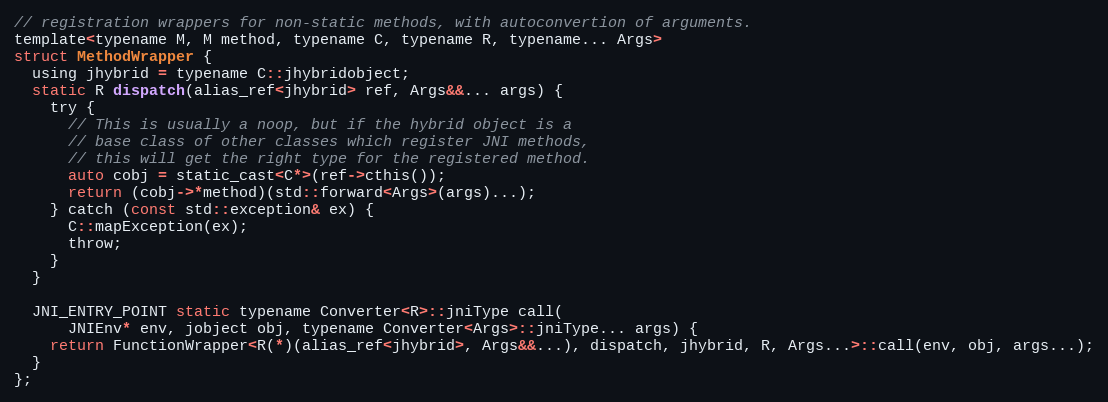
Language: C
// registration wrappers for non-static methods, with autoconvertion of arguments.
template<typename M, M method, typename C, typename R, typename... Args>
struct MethodWrapper {
  using jhybrid = typename C::jhybridobject;
  static R dispatch(alias_ref<jhybrid> ref, Args&&... args) {
    try {
      // This is usually a noop, but if the hybrid object is a
      // base class of other classes which register JNI methods,
      // this will get the right type for the registered method.
      auto cobj = static_cast<C*>(ref->cthis());
      return (cobj->*method)(std::forward<Args>(args)...);
    } catch (const std::exception& ex) {
      C::mapException(ex);
      throw;
    }
  }

  JNI_ENTRY_POINT static typename Converter<R>::jniType call(
      JNIEnv* env, jobject obj, typename Converter<Args>::jniType... args) {
    return FunctionWrapper<R(*)(alias_ref<jhybrid>, Args&&...), dispatch, jhybrid, R, Args...>::call(env, obj, args...);
  }
};